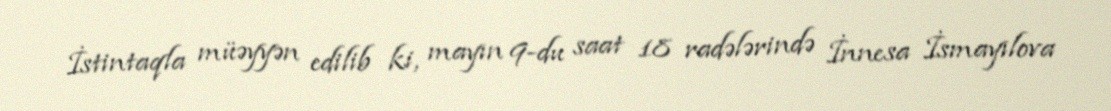
İstintaqla müəyyən edilib ki, mayın 9-du saat 18 radələrində İnnesa İsmayılova